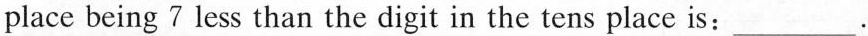
place being 7 less than the digit in the tens place is:___.